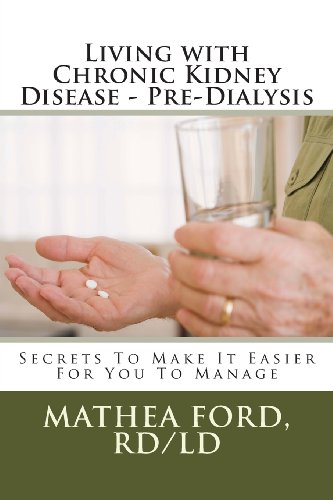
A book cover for Living with Chronic Kidney Disease - Pre-Dialysis: Secrets To Make It Easier For You To Manage; Mrs. Mathea A Ford RD; Health, Fitness & Dieting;